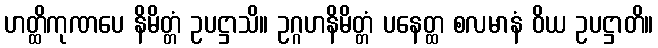
ဟတ္ထိကုဏပေ နိမိတ္တံ ဥပဋ္ဌာသိ။ ဥဂ္ဂဟနိမိတ္တံ ပနေတ္ထ စလမာနံ ဝိယ ဥပဋ္ဌာတိ။